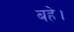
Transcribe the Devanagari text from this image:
बहे।